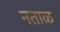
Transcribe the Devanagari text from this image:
नताळ